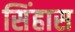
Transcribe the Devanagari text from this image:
सिंहास